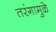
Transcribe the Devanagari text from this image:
तरंगामुळे